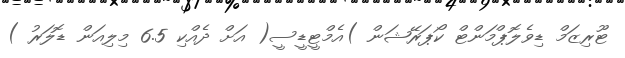
ޓޫރިޒަމް ޑިވެލޮޕްމަންޓް ކޯޕަރޭޝަން )އެމްޓީޑީސީ( އަށް ދެއްކި 6.5 މިލިއަން ޑޮލަރު )